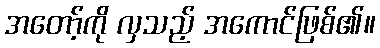
အတော့်ကို လှသည့် အကောင်ဖြစ်၏။